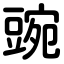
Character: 豌